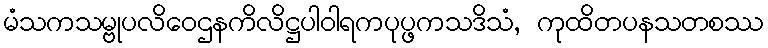
မံသကသမ္ဗုပလိဝေဌနကိလိဋ္ဌပါဝါရကပုပ္ဖကသဒိသံ, ကုထိတပနသတစဿ